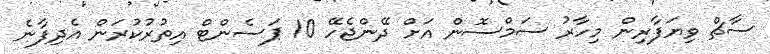
ސާޗް ވިޔަފާރިން މިހާރު ސަމްސޮން އަށް ދޭންޖެހޭ 10 ޕަސެންޓް އިތުރުކުރަން އެދިފާނެ